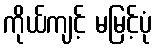
ကိုယ်ကျင့် မမြင့်ပုံ